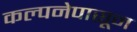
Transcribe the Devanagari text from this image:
कल्पनेपासून